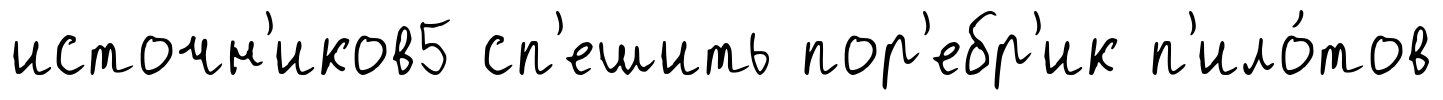
источн'иков5 сп'ешить пор'ебр'ик п'ило́тов